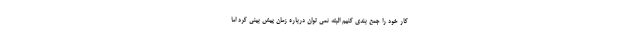
کار خود را جمع بندی کنیم البته نمی توان درباره زمان پیش بینی کرد اما